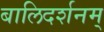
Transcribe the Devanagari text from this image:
बालिदर्शनम्